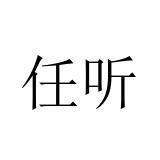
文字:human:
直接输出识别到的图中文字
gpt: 任听